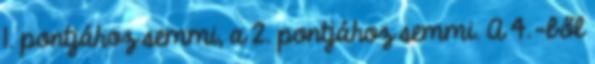
1. pontjához semmi, a 2. pontjához semmi. A 4.-ből